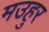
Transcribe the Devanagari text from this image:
मउहुर